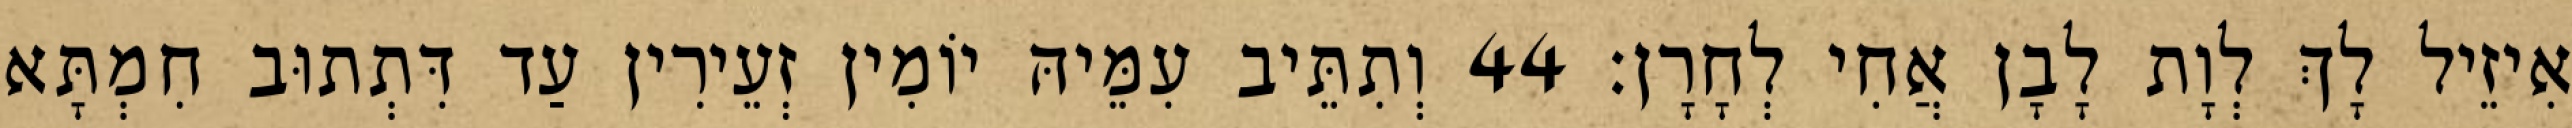
אִיזֵיל לָךְ לְוָת לָבָן אֲחִי לְחָרָן׃ 44 וְתִתֵּיב עִמֵּיהּ יוֹמִין זְעֵירִין עַד דִּתְתוּב חִמְתָּא